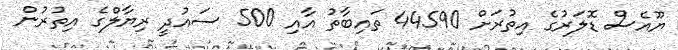
ޔޫއެސް ޑޮލަރުގެ އިތުރަށް 44590 ތައިބާތު އާއި 500 ސައުދީ ރިޔާލްގެ އިތުރުން